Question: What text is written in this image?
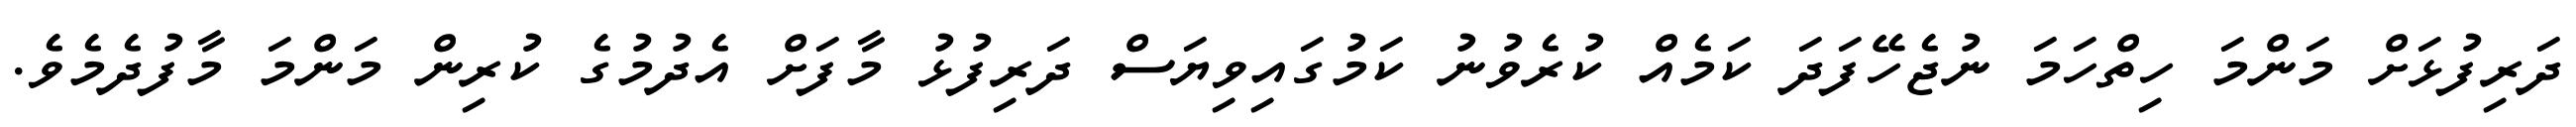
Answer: ދަރިފުޅަށް މަންމަ ހިތްހަމަ ނުޖެހޭފަދަ ކަމެއް ކުރެވުނު ކަމުގައިވިޔަސް ދަރިފުޅު މާފަށް އެދުމުގެ ކުރިން މަންމަ މާފުދެމެވެ.